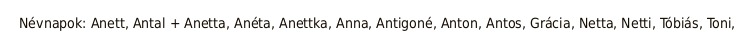
Névnapok: Anett, Antal + Anetta, Anéta, Anettka, Anna, Antigoné, Anton, Antos, Grácia, Netta, Netti, Tóbiás, Toni,